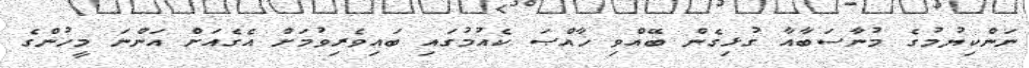
ނަންކިޔުމުގެ މުނާސަބާއާ ގުޅިގެން ބޭއްވި ޚާއްޞަ ކެއުމުގައި ބައިވެރިވުމަށް އެގެއަށް އަންނަ މީހުންގެ